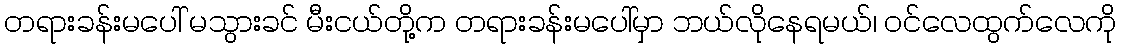
တရားခန်းမပေါ် မသွားခင် မီးငယ်တို့က တရားခန်းမပေါ်မှာ ဘယ်လိုနေရမယ်၊ ဝင်လေထွက်လေကို